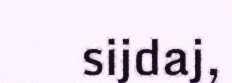
sijdaj,